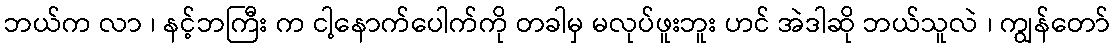
ဘယ်က လာ ၊ နင့်ဘကြီး က ငါ့နောက်ပေါက်ကို တခါမှ မလုပ်ဖူးဘူး ဟင် အဲဒါဆို ဘယ်သူလဲ ၊ ကျွန်တော်